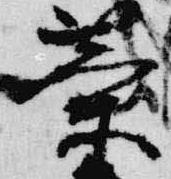
蘭